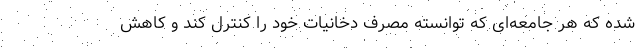
شده که هر جامعه‌ای که توانسته مصرف دخانیات خود را کنترل کند و کاهش